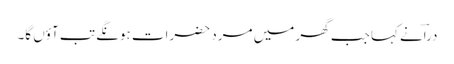
دراؔنے کہا جب گھر میں مرد حضرات ہونگے تب آؤں گا۔